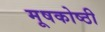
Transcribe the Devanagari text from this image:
मूषकोष्ठी